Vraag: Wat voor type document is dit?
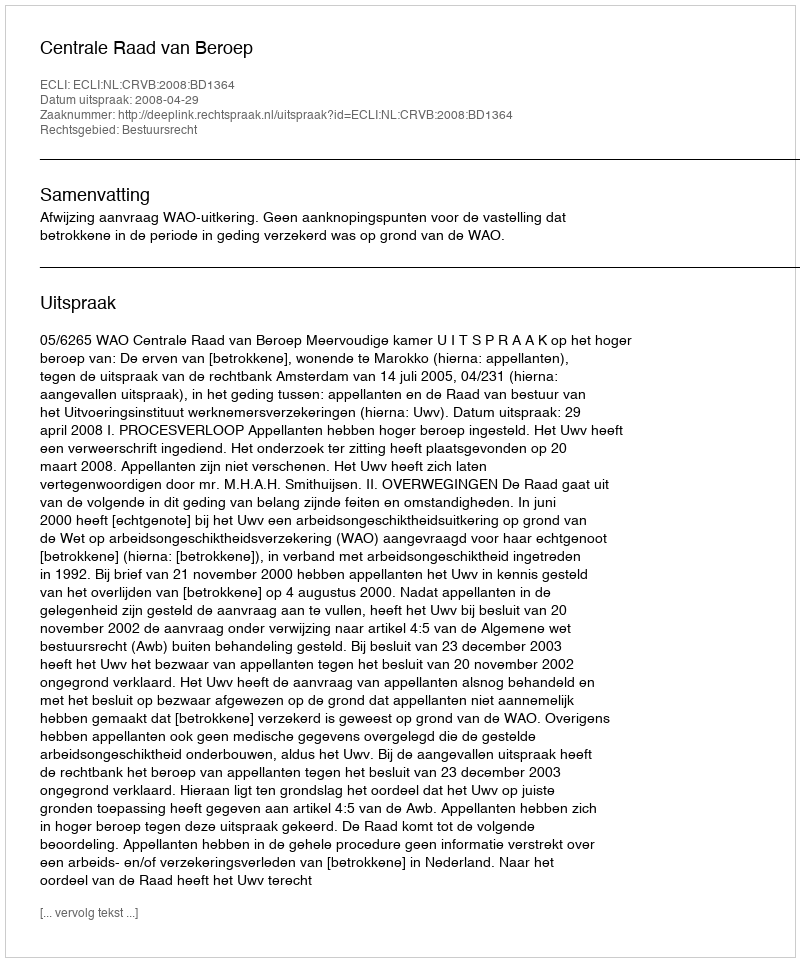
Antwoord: Uitspraak